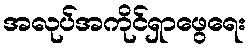
အလုပ်အကိုင်ရှာဖွေရေး